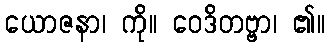
ယောဇနာ၊ ကို။ ဝေဒိတဗ္ဗာ၊ ၏။